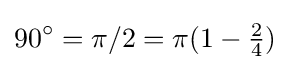
90^{\circ }=\pi /2=\pi (1-{\tfrac {2}{4}})